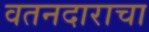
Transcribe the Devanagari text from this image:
वतनदाराचा